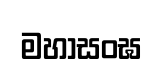
මහාසංඝ